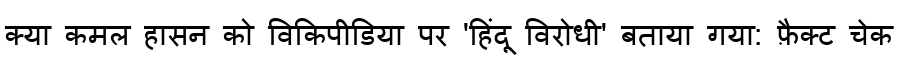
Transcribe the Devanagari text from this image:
क्या कमल हासन को विकिपीडिया पर 'हिंदू विरोधी' बताया गया: फ़ैक्ट चेक